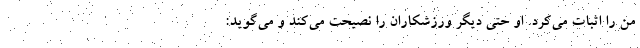
من را اثبات می‌کرد. او حتی دیگر ورزشکاران را نصیحت می‌کند و می‌گوید: